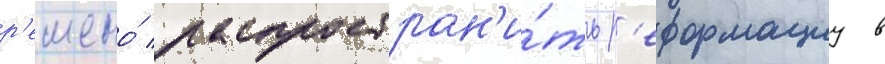
р'ешено́ распростран'и́ть р'еформациу в